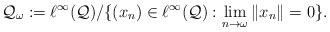
LaTeX: \begin{align*}\mathcal Q_\omega := \ell^\infty(\mathcal Q) / \{ (x_n) \in \ell^\infty(\mathcal Q) : \lim_{n \to \omega} \| x_n \| = 0\}.\end{align*}